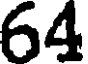
64